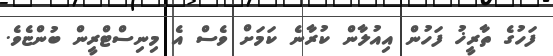
ފަހުގެ ތާރީޚު ފަހުން އިއުލާން ކުރާނެ ކަމަށް ވެސް އެ މިނިސްޓްރީން ބުންޏެވެ.